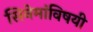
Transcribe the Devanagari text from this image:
सिनेमांविषयी